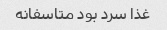
غذا سرد بود متاسفانه